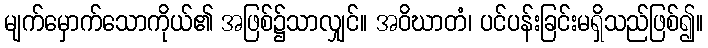
မျက်မှောက်သောကိုယ်၏ အဖြစ်၌သာလျှင်။ အဝိဃာတံ၊ ပင်ပန်းခြင်းမရှိသည်ဖြစ်၍။